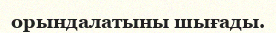
орындалатыны шығады.